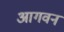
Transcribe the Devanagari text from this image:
आगवन